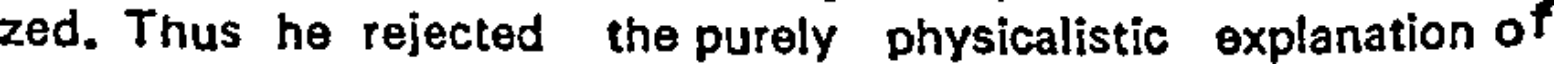
zed. Thus he rejected the purely physicalistic explanation of